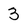
Character: 3